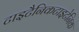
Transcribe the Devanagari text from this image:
टाइटैनिकटाइटेनिक